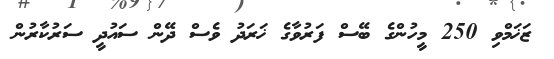
ޒަޚަމްވި 250 މީހުންގެ ބޭސް ފަރުވާގެ ޚަރަދު ވެސް ދޭން ސައުދީ ސަރުކާރުން